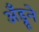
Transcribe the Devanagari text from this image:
अँड्रूने